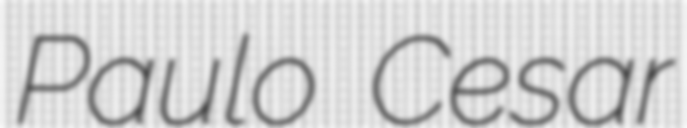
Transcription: Paulo Cesar